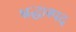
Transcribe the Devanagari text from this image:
श्रद्धास्पद